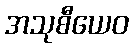
အသုစီယေဝ